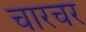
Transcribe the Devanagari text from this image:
चारचर